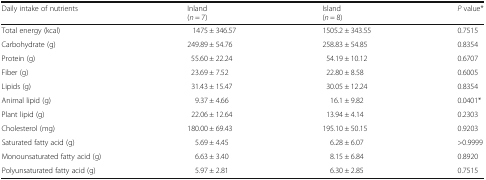
<table><thead><tr><td><b>Daily intake of nutrients</b></td><td><b>Inland(<i>n</i> = 7)</b></td><td><b>Island(<i>n</i> = 8)</b></td><td><b><i>P</i> value*</b></td></tr></thead><tbody><tr><td>Total energy (kcal)</td><td>1475 ± 346.57</td><td>1505.2 ± 343.55</td><td>0.7515</td></tr><tr><td>Carbohydrate (g)</td><td>249.89 ± 54.76</td><td>258.83 ± 54.85</td><td>0.8354</td></tr><tr><td>Protein (g)</td><td>55.60 ± 22.24</td><td>54.19 ± 10.12</td><td>0.6707</td></tr><tr><td>Fiber (g)</td><td>23.69 ± 7.52</td><td>22.80 ± 8.58</td><td>0.6005</td></tr><tr><td>Lipids (g)</td><td>31.43 ± 15.47</td><td>30.05 ± 12.24</td><td>0.8354</td></tr><tr><td>Animal lipid (g)</td><td>9.37 ± 4.66</td><td>16.1 ± 9.82</td><td>0.0401*</td></tr><tr><td>Plant lipid (g)</td><td>22.06 ± 12.64</td><td>13.94 ± 4.14</td><td>0.2303</td></tr><tr><td>Cholesterol (mg)</td><td>180.00 ± 69.43</td><td>195.10 ± 50.15</td><td>0.9203</td></tr><tr><td>Saturated fatty acid (g)</td><td>5.69 ± 4.45</td><td>6.28 ± 6.07</td><td>&gt;0.9999</td></tr><tr><td>Monounsaturated fatty acid (g)</td><td>6.63 ± 3.40</td><td>8.15 ± 6.84</td><td>0.8920</td></tr><tr><td>Polyunsaturated fatty acid (g)</td><td>5.97 ± 2.81</td><td>6.30 ± 2.85</td><td>0.7515</td></tr></tbody></table>